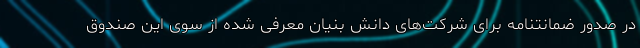
در صدور ضمانتنامه برای شرکت‌های دانش بنیان معرفی شده از سوی این صندوق